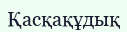
Қасқақұдық